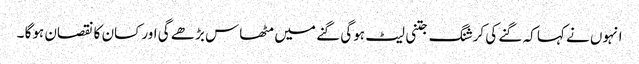
انہوں نے کہا کہ گنے کی کرشنگ جتنی لیٹ ہوگی گنے میں مٹھاس بڑھے گی اور کسان کا نقصان ہوگا ۔